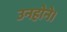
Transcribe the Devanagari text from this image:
उनहोने।